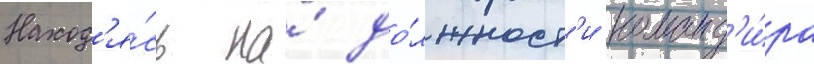
Наход'я́сь на́ до́лжност'и команд'и́ра